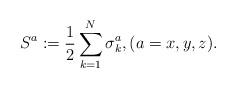
LaTeX: \begin{align*}S^a:=\frac{1}{2}\sum_{k=1}^N\sigma_k^a,(a=x,y,z).\end{align*}